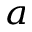
^ a